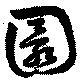
圜